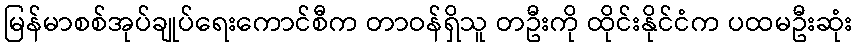
မြန်မာစစ်အုပ်ချုပ်ရေးကောင်စီက တာဝန်ရှိသူ တဦးကို ထိုင်းနိုင်ငံက ပထမဦးဆုံး